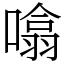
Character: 噏